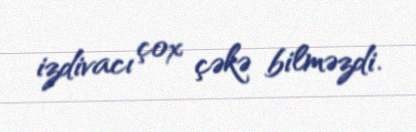
izdivacı çox çəkə bilməzdi.